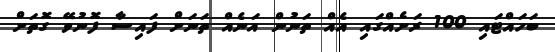
ބަހައްޓައި 100 ރަށެއްގައި އެއް ތަނުން އަނެއް ތަނަށް ފައިސާ ފޮނުވޭ ގޮތަށް